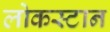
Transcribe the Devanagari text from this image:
लोकस्टान